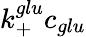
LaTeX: k_{+}^{glu}c_{glu}